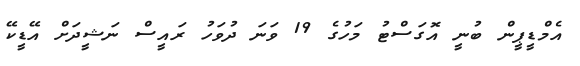
އެމްޑީޕީން ބުނީ އޮގަސްޓު މަހުގެ 19 ވަނަ ދުވަހު ރައީސް ނަޝީދަށް އޭޑީކޭ